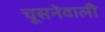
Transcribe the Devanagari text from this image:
चूसनेवाली